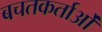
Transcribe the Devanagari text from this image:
बचतकर्ताओं